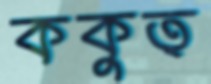
ককুত্